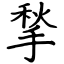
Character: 揫